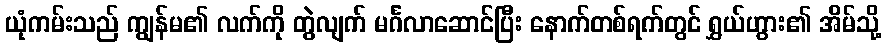
ယုံကမ်းသည် ကျွန်မ၏ လက်ကို တွဲလျက် မင်္ဂလာဆောင်ပြီး နောက်တစ်ရက်တွင် ရွှယ်ဟွား၏ အိမ်သို့